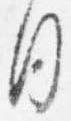
月